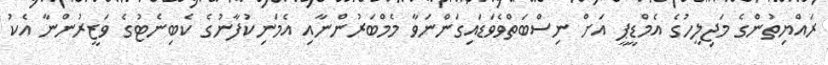
ރައްޔިތުންގެ މަޖިލީހުގެ އެމްޑީޕީ އަށް ނިސްބަތްވެވަޑައިގަންނަވާ މެމްބަރުންނާއި އެމަނިކުފާނުގެ ކެބިނެޓުގެ ވަޒީރުންނާ އެކު